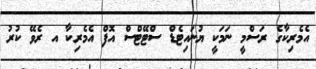
އެމެރިކާގެ ރަސްމީ ނަމަކީ ޔުނައިޓެޑް ސްޓޭޓްސް އޮފް އެމެރިކާ އ ރެވޭ ކުރު